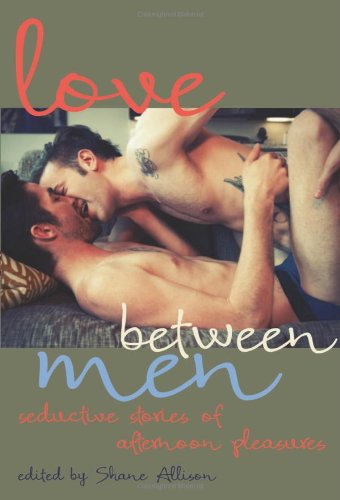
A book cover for Love Between Men: Seductive Stories of Afternoon Pleasure; Gay & Lesbian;